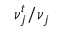
\nu _ { j } ^ { t } / \nu _ { j }